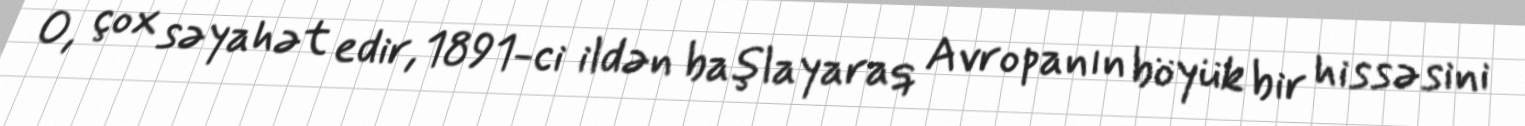
O, çox səyahət edir, 1891-ci ildən başlayaraq Avropanın böyük bir hissəsini